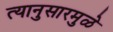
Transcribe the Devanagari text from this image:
त्यानुसारमुळे